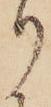
り